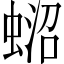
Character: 𧍌